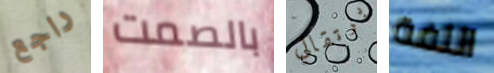
راجع بالصمت برتقالي اللفة